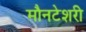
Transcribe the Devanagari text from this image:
मौनटेशरी